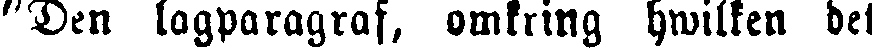
"Den lagparagraf, omkring hwilken det